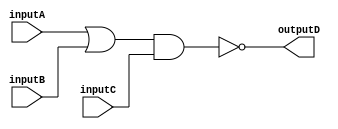
`timescale 1ns / 1ps


module boolean_s_b(
    input inputA,
    input inputB,
    input inputC,
    output outputD
    );
    

    assign outputD = ~((inputA | inputB) & inputC); //(B)
endmodule